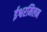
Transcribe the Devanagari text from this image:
ईश्वरमिलन